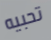
تحبيه